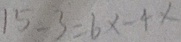
1 5 - 3 = 6 x - 4 x